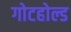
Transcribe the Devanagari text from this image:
गोटहोल्ड